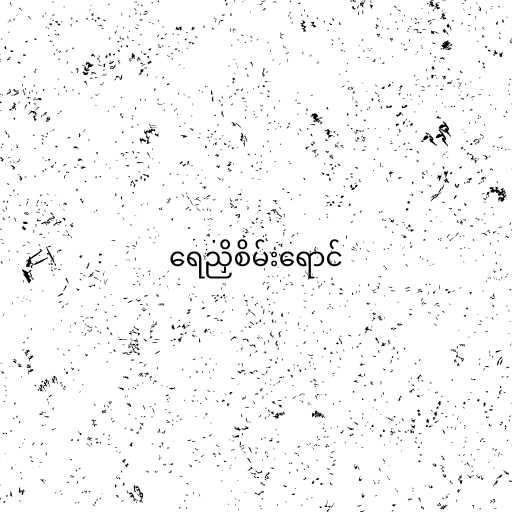
ရေညှိစိမ်းရောင်